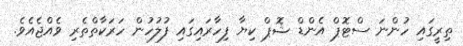
ތިރީގައި ހުންނަ ސްޓޮޕް އެންޑް ޝޮޕް ކިޔާ ފިހާރައިގައި ފުލުހުން ހަރަކާތްތެރި ވެއްޖެއެވެ.